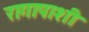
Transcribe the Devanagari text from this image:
रागापाशी